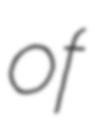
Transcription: of